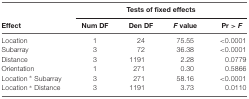
<table><thead><tr><td></td><td colspan="4"><b>Tests of fixed effects</b></td></tr><tr><td><b>Effect</b></td><td><b>Num DF</b></td><td><b>Den DF</b></td><td><b><i>F</i> value</b></td><td><b>Pr &gt; <i>F</i></b></td></tr></thead><tbody><tr><td>Location</td><td>1</td><td>24</td><td>75.55</td><td>&lt;0.0001</td></tr><tr><td>Subarray</td><td>3</td><td>72</td><td>36.38</td><td>&lt;0.0001</td></tr><tr><td>Distance</td><td>3</td><td>1191</td><td>2.28</td><td>0.0779</td></tr><tr><td>Orientation</td><td>1</td><td>271</td><td>0.30</td><td>0.5866</td></tr><tr><td>Location * Subarray</td><td>3</td><td>271</td><td>58.16</td><td>&lt;0.0001</td></tr><tr><td>Location * Distance</td><td>3</td><td>1191</td><td>3.73</td><td>0.0110</td></tr></tbody></table>